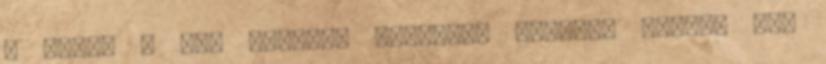
a lapra A lap szövege Creative Commons Nevezd meg